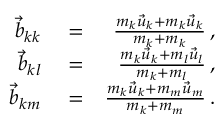
\begin{array} { r l r } { \vec { b } _ { k k } } & { { } = } & { \frac { m _ { k } \vec { u } _ { k } + m _ { k } \vec { u } _ { k } } { m _ { k } + m _ { k } } \, , } \\ { \vec { b } _ { k l } } & { { } = } & { \frac { m _ { k } \vec { u } _ { k } + m _ { l } \vec { u } _ { l } } { m _ { k } + m _ { l } } \, , } \\ { \vec { b } _ { k m } } & { { } = } & { \frac { m _ { k } \vec { u } _ { k } + m _ { m } \vec { u } _ { m } } { m _ { k } + m _ { m } } \, . } \end{array}